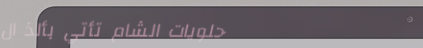
حلويات الشام تأتي بألذ ال